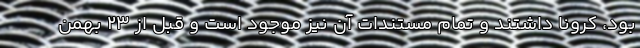
بود، کرونا داشتند و تمام مستندات آن نیز موجود است و قبل از ۲۳ بهمن